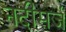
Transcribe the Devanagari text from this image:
नदीसर्ज